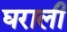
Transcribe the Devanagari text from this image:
घराली